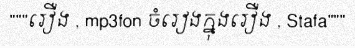
"""រឿង , mp3fon ចំរៀងក្នុងរឿង , Stafa"""